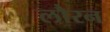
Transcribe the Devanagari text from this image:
लौरन